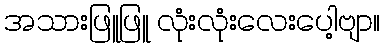
အသားဖြူဖြူ လုံးလုံးလေးပေါ့ဗျာ။